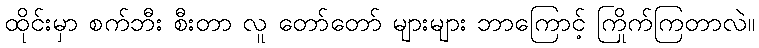
ထိုင်းမှာ စက်ဘီး စီးတာ လူ တော်တော် များများ ဘာကြောင့် ကြိုက်ကြတာလဲ။